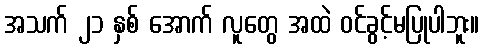
အသက် ၂၁ နှစ် အောက် လူတွေ အထဲ ဝင်ခွင့်မပြုပါဘူး။